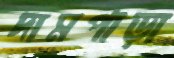
দামপাড়া